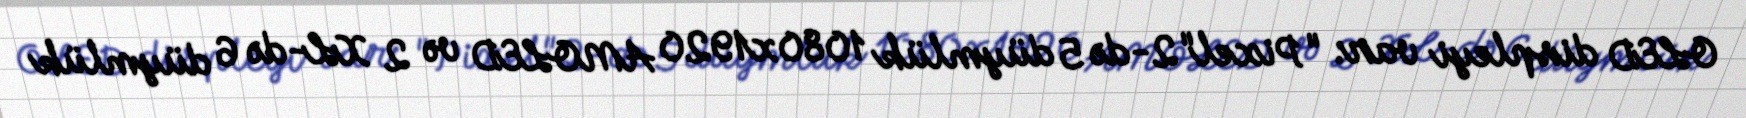
OLED displeyi var: "Pixel"2-də 5 düymlük 1080x1920 AMOLED və 2 XL-də 6 düymlük